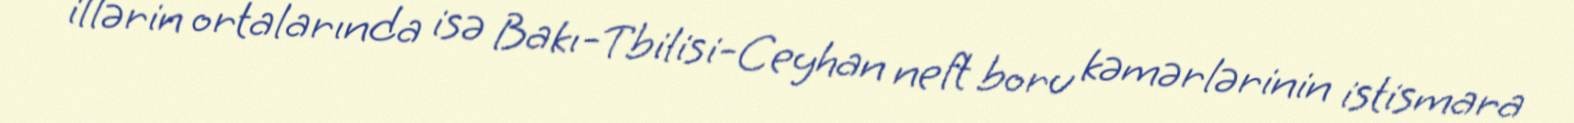
illərin ortalarında isə Bakı-Tbilisi-Ceyhan neft boru kəmərlərinin istismara